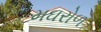
મઘરોળ